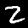
Label: 2